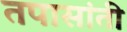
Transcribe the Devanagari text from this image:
तपासांती